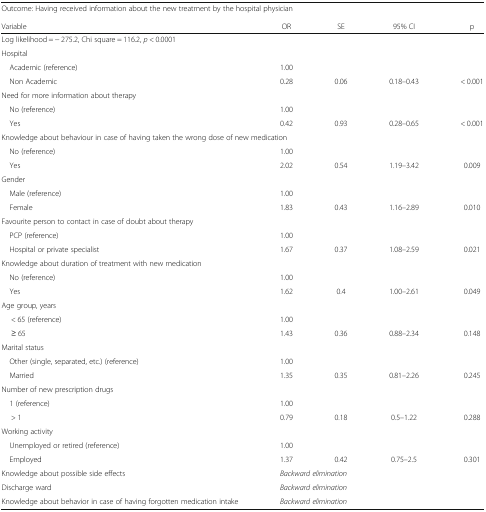
| <COLSPAN=5> Outcome: Having received information about the new treatment by the hospital physician |
 | Variable | OR | SE | 95% CI | p |
 | --- | --- | --- | --- | --- |
 | <COLSPAN=5> Log likelihood = − 275.2, Chi square = 116.2, p < 0.0001 |
 | <COLSPAN=5> Hospital |
 | Academic (reference) | 1.00 |  |  |  |
 | Non Academic | 0.28 | 0.06 | 0.18–0.43 | < 0.001 |
 | <COLSPAN=5> Need for more information about therapy |
 | No (reference) | 1.00 |  |  |  |
 | Yes | 0.42 | 0.93 | 0.28–0.65 | < 0.001 |
 | <COLSPAN=5> Knowledge about behaviour in case of having taken the wrong dose of new medication |
 | No (reference) | 1.00 |  |  |  |
 | Yes | 2.02 | 0.54 | 1.19–3.42 | 0.009 |
 | <COLSPAN=5> Gender |
 | Male (reference) | 1.00 |  |  |  |
 | Female | 1.83 | 0.43 | 1.16–2.89 | 0.010 |
 | <COLSPAN=5> Favourite person to contact in case of doubt about therapy |
 | PCP (reference) | 1.00 |  |  |  |
 | Hospital or private specialist | 1.67 | 0.37 | 1.08–2.59 | 0.021 |
 | <COLSPAN=5> Knowledge about duration of treatment with new medication |
 | No (reference) | 1.00 |  |  |  |
 | Yes | 1.62 | 0.4 | 1.00–2.61 | 0.049 |
 | <COLSPAN=5> Age group, years |
 | < 65 (reference) | 1.00 |  |  |  |
 | ≥ 65 | 1.43 | 0.36 | 0.88–2.34 | 0.148 |
 | <COLSPAN=5> Marital status |
 | Other (single, separated, etc.) (reference) | 1.00 |  |  |  |
 | Married | 1.35 | 0.35 | 0.81–2.26 | 0.245 |
 | <COLSPAN=5> Number of new prescription drugs |
 | 1 (reference) | 1.00 |  |  |  |
 | > 1 | 0.79 | 0.18 | 0.5–1.22 | 0.288 |
 | <COLSPAN=5> Working activity |
 | Unemployed or retired (reference) | 1.00 |  |  |  |
 | Employed | 1.37 | 0.42 | 0.75–2.5 | 0.301 |
 | Knowledge about possible side effects | <COLSPAN=4> Backward elimination |
 | Discharge ward | <COLSPAN=4> Backward elimination |
 | Knowledge about behavior in case of having forgotten medication intake | <COLSPAN=4> Backward elimination |